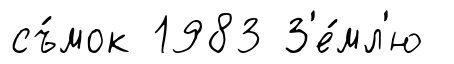
съ́мок 1983 З'е́мл'ю